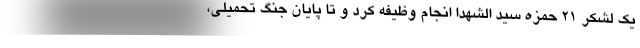
یک لشکر ۲۱ حمزه سید الشهدا انجام وظیفه کرد و تا پایان جنگ تحمیلی،